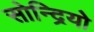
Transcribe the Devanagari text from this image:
सोन्द्रियो